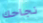
نجاحك